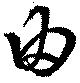
由